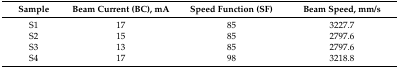
| Sample | Beam Current (BC), mA | Speed Function (SF) | Beam Speed, mm/s |
 | --- | --- | --- | --- |
 | S1 | 17 | 85 | 3227.7 |
 | S2 | 15 | 85 | 2797.6 |
 | S3 | 13 | 85 | 2797.6 |
 | S4 | 17 | 98 | 3218.8 |